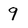
Character: 9